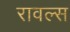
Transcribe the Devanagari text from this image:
रावल्स